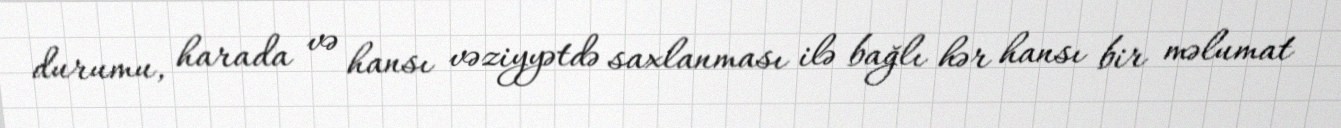
durumu, harada və hansı vəziyyətdə saxlanması ilə bağlı hər hansı bir məlumat